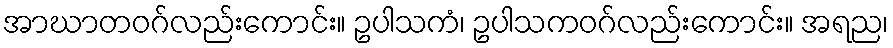
အာဃာတဝဂ်လည်းကောင်း။ ဥပါသကံ၊ ဥပါသကဝဂ်လည်းကောင်း။ အရည၊